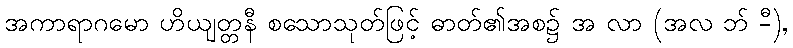
အကာရာဂမော ဟိယျတ္တနီ စသောသုတ်ဖြင့် ဓာတ်၏အစ၌ အ လာ (အလ ဘ် -ီ),